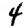
Digit: 4